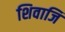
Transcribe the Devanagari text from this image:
शिवाजि